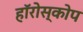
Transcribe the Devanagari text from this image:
हॉरोस्कोप